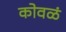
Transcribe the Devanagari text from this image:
कोवळं